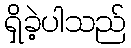
ရှိခဲ့ပါသည်